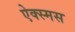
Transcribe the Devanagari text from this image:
ऐक्स्मस